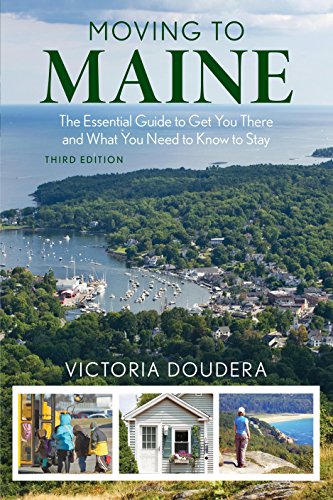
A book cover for Moving to Maine: The Essential Guide to Get You There and What You Need to Know to Stay; Victoria Doudera; Travel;